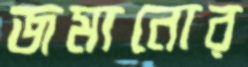
জমানোর